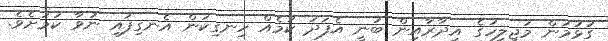
ގުޅުމުން މަޖިލީހުގެ އިދާރާއިން ބުނީ އެފަދަ ކަމެއް ހިނގިކަން އެނގިފައި ނުވާ ކަމަށެވެ.